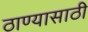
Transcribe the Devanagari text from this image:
ठाण्यासाठी